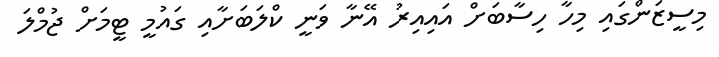
މިސީޒަންގައި މިހާ ހިސާބަށްް އައިއިރު އޭނާ ވަނީ ކްލަބަށާއި ގައުމީ ޓީމަށް ޖުމްލަ